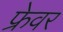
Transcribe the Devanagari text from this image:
फ्रेवर